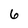
Character: 6